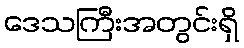
ဒေသကြီးအတွင်းရှိ